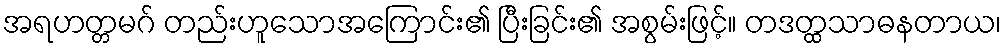
အရဟတ္တမဂ် တည်းဟူသောအကြောင်း၏ ပြီးခြင်း၏ အစွမ်းဖြင့်။ တဒတ္ထသာဓနတာယ၊